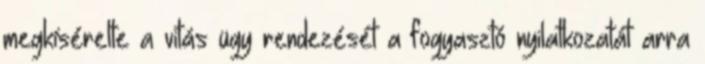
megkísérelte a vitás ügy rendezését a fogyasztó nyilatkozatát arra